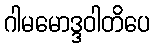
ဂါမမောဒ္ဒဝါတိပေ